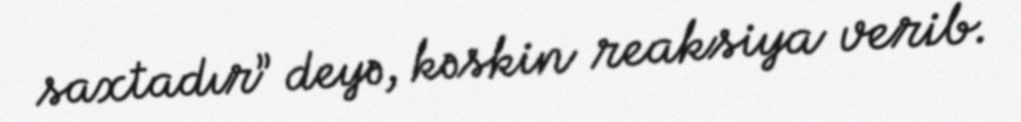
saxtadır” deyə, kəskin reaksiya verib.